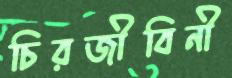
চিরজীবিনী